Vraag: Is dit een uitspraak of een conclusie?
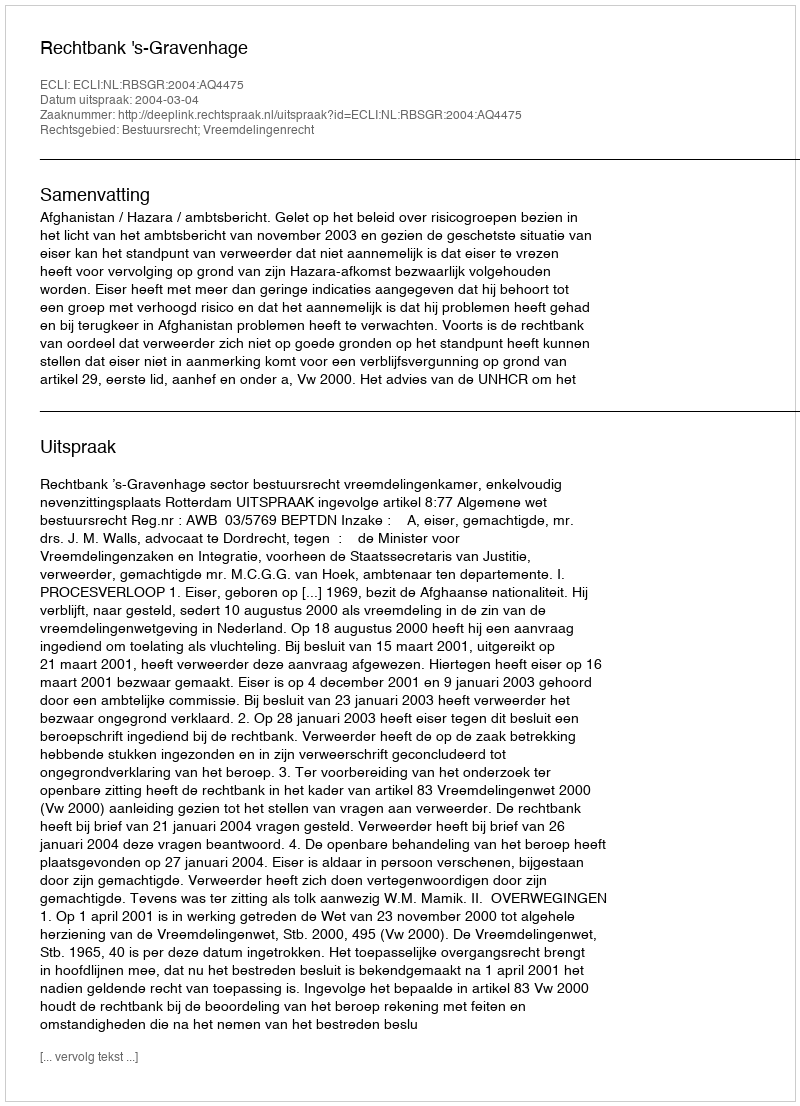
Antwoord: Uitspraak